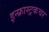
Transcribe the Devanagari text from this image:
इन्फ्रास्ट्रकचर